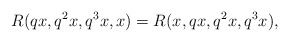
\begin{align*} R(qx, q^{2}x, q^{3}x, x)=R(x, qx, q^{2}x, q^{3}x), \end{align*}